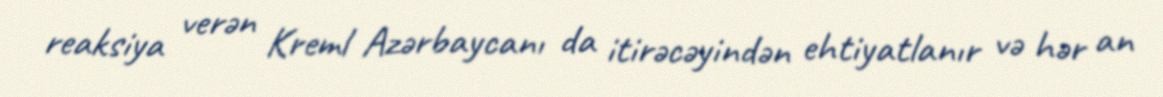
reaksiya verən Kreml Azərbaycanı da itirəcəyindən ehtiyatlanır və hər an